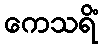
ကေသရိံ